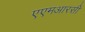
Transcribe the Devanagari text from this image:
एएमआरसी